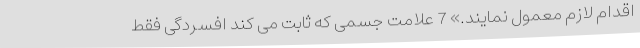
اقدام لازم معمول نمایند.» 7 علامت جسمی که ثابت می کند افسردگی فقط